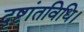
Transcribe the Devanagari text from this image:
दृष्टांतविधि।